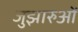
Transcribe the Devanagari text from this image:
जुझारुओं